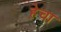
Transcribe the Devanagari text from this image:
हेचा